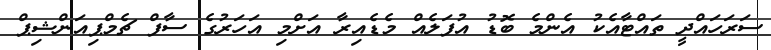
ސަރަހައްދީ ތައްޓާއެކު އެންމެ ބޮޑު އުފަލެއް މެޑެއިރާ އަށްމި އަހަރުގެ ސާފް ޗެމްޕިއަންޝިޕް